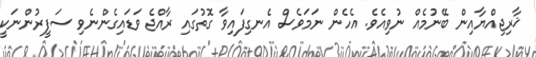
ޚާރިޖިއްޔާއިން ބޭނުމެއް ނުވިއެވެ. އެހެން ނަމަވެސް އެނގިފައިވާ ގޮތުގައި ރާއްޖެ ވަޑައިގެންނެވި ސަފީރުންނަކީ